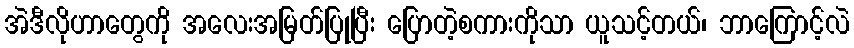
အဲဒီလိုဟာတွေကို အလေးအမြတ်ပြုပြီး ပြောတဲ့စကားကိုသာ ယူသင့်တယ်၊ ဘာကြောင့်လဲ